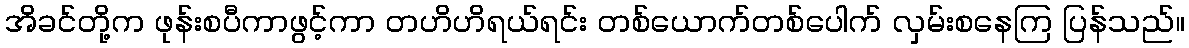
အိခင်တို့က ဖုန်းစပီကာဖွင့်ကာ တဟိဟိရယ်ရင်း တစ်ယောက်တစ်ပေါက် လှမ်းစနေကြ ပြန်သည်။